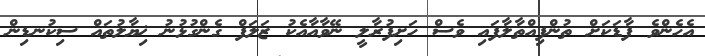
އެހެންވެ ފާޑަކަށް ތުންފިއްތާލާފައި ވެސް ހަށިފުރާލީ ނޭވާއާއެކު ޒަލަފް ގެންގުޅުނު ޚިޔާލުތައް ސިކުނޑިން